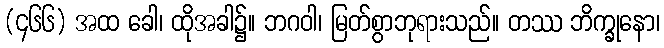
(၄၆၆) အထ ခေါ၊ ထိုအခါ၌။ ဘဂဝါ၊ မြတ်စွာဘုရားသည်။ တဿ ဘိက္ခုနော၊